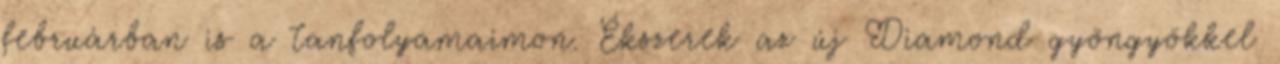
februárban is a tanfolyamaimon. Ékszerek az új Diamond gyöngyökkel